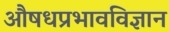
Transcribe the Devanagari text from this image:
औषधप्रभावविज्ञान